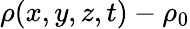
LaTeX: \rho(x,y,z,t)-\rho_{0}